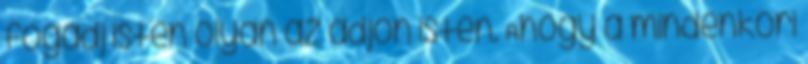
fogadj isten olyan az adjon isten. Ahogy a mindenkori